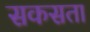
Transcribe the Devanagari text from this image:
सकसता